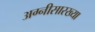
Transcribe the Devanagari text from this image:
अग्नीसारख्या